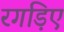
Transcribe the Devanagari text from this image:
रगड़िए